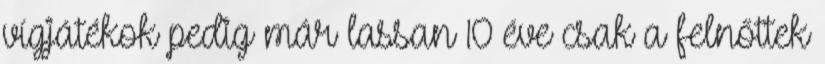
vígjátékok pedig már lassan 10 éve csak a felnőttek